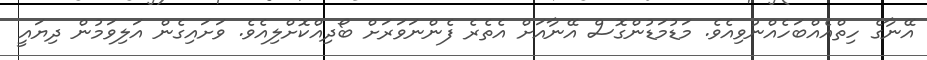
އޭނާގެ ހިތްއެއްބަހެއްނުވިއެވެ. މަޑުމަޑުންގޮސް އޭނާއަށް އެތެރެ ފެންނަވަރަށް ބޯދިއްކޮށްލިއެވެ. ވަށައިގެން އަލިވަމުން ދިޔައީ